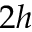
2 h